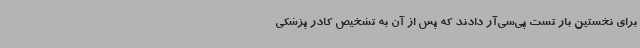
برای نخستین بار تست پی‌سی‌آر دادند که پس از آن به تشخیص کادر پزشکی